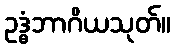
ဥဒ္ဓံဘာဂိယသုတ်။